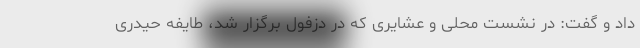
داد و گفت: در نشست محلی و عشایری که در دزفول برگزار شد، طایفه حیدری